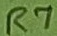
Text: R7